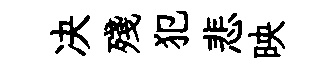
决殘犯悲映